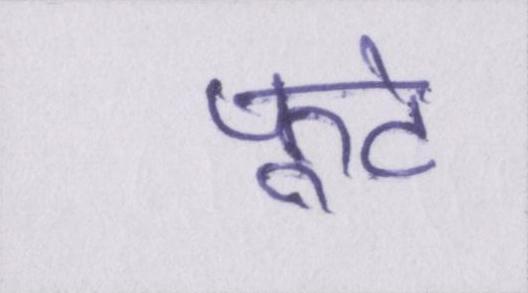
फूटे